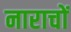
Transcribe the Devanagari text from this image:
नाराचों